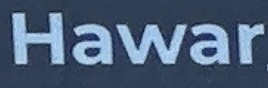
Hawar